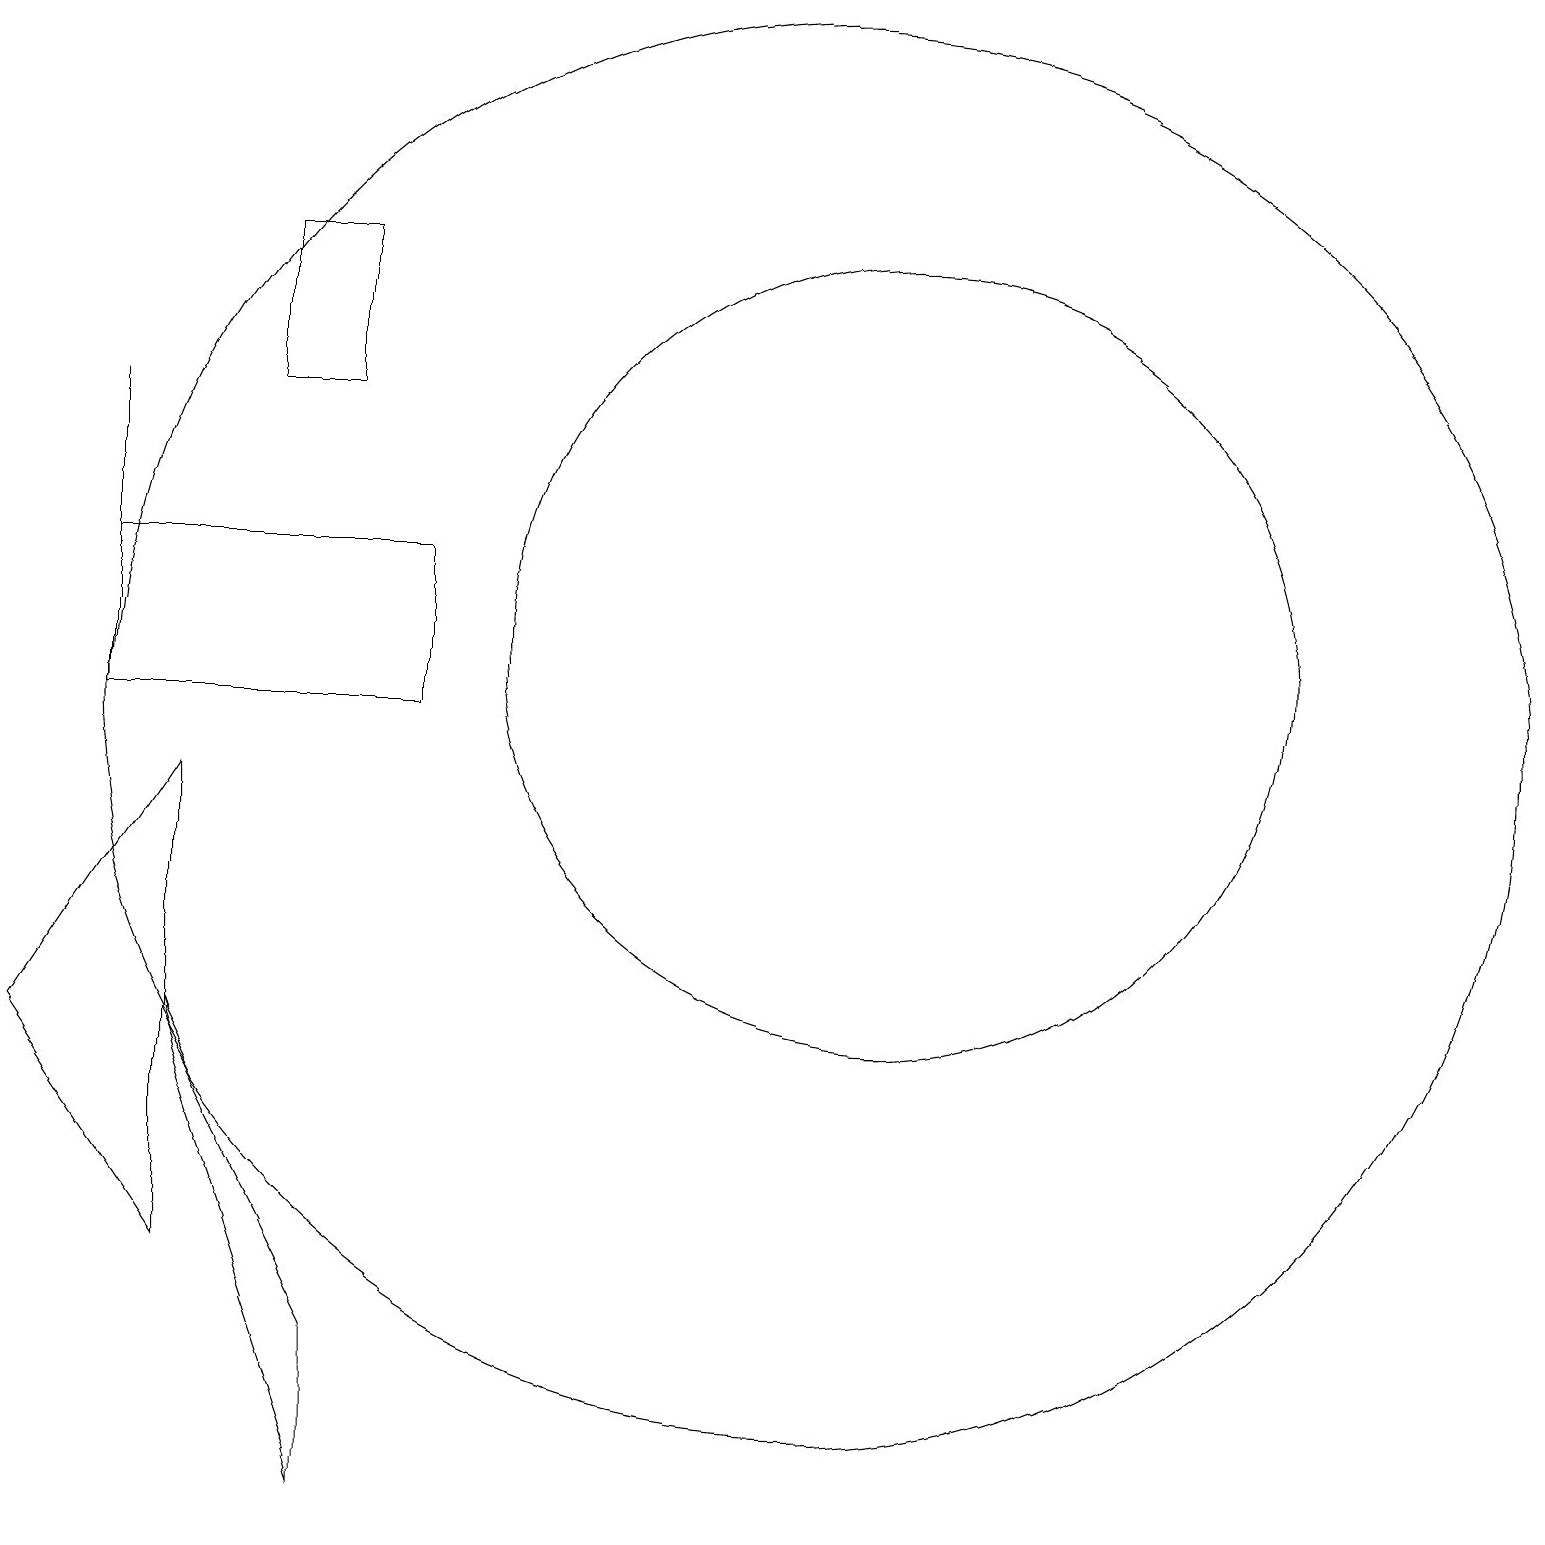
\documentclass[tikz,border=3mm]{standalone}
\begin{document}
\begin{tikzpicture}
\draw (12,11) circle (5);
\draw (1,6) -- (3,9) -- (3,3) -- cycle;
\draw (5,2) -- (5,0) -- (3,6) -- cycle;
\draw (6,10) rectangle (2,12);
\draw (4,16) rectangle (5,14);
\draw (11,10) circle (9);
\draw (2,14) rectangle (2,11);
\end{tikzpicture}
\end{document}